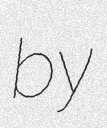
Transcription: by